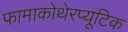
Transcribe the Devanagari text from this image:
फामाकोथेरप्यूटिक